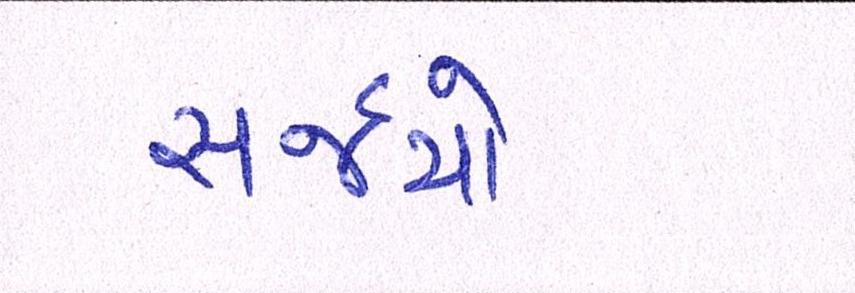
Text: સર્જયો